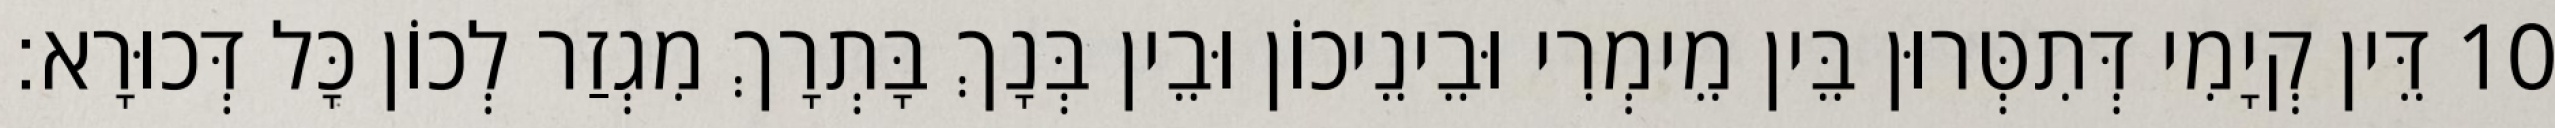
10 דֵּין קְיָמִי דְּתִטְּרוּן בֵּין מֵימְרִי וּבֵינֵיכוֹן וּבֵין בְּנָךְ בָּתְרָךְ מִגְזַר לְכוֹן כָּל דְּכוּרָא׃